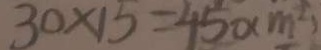
3 0 \times 1 5 = 4 5 0 ( m ^ { 2 } )